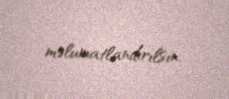
məlumatlandırılsın.